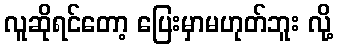
လူဆိုရင်တော့ ပြေးမှာမဟုတ်ဘူး လို့